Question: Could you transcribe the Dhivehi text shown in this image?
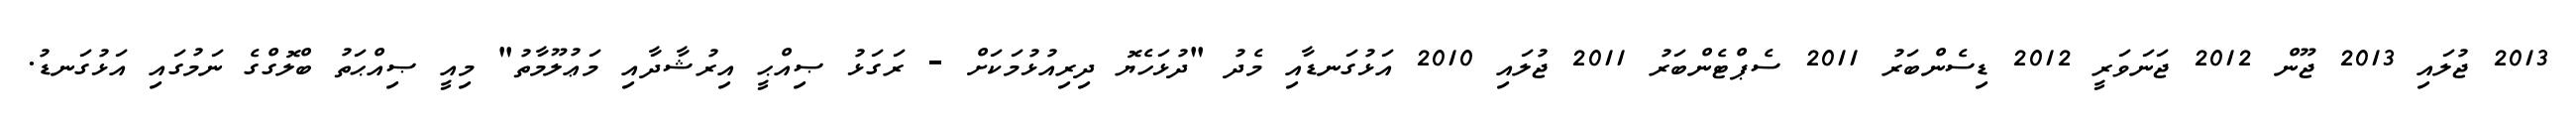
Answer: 2013 ޖުލައި 2013 ޖޫން 2012 ޖަނަވަރީ 2012 ޑިސެންބަރު 2011 ސެޕްޓެންބަރު 2011 ޖުލައި 2010 އަޅުގަނޑާއި މެދު "ދުޅަހެޔޮ ދިރިއުޅުމަކަށް - ރަގަޅު ޞިއްޙީ އިރުޝާދާއި މަޢުލޫމާތު" މިއީ ޞިއްޙަތު ބްލޮގްގެ ނަމުގައި އަޅުގަނޑު.